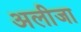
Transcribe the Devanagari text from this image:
अलीजा